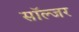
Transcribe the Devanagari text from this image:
साॅल्जर